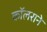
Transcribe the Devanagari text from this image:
कॉलराने